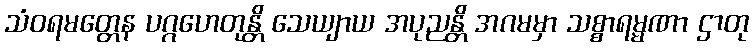
သံဝရမတ္တေန ပဂ္ဂဟေတုန္တိ သေယျာယ အပုညန္တိ အဂမမှာ သစ္စာရမ္မဏာ ဌာတု